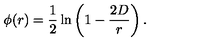
\phi ( r ) = { \frac { 1 } { 2 } } \ln \left( 1 - { \frac { 2 D } { r } } \right) .